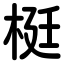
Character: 梃